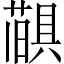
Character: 𦼨